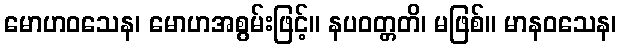
မောဟဝသေန၊ မောဟအစွမ်းဖြင့်။ နပဝတ္တတိ၊ မဖြစ်။ မာနဝသေန၊